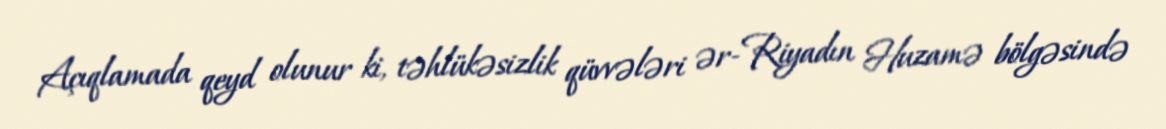
Açıqlamada qeyd olunur ki, təhlükəsizlik qüvvələri ər-Riyadın Huzamə bölgəsində